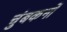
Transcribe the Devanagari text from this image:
चुंबकनों